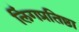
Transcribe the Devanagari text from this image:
लिंगप्रतिष्ठा